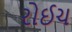
રોઈચ